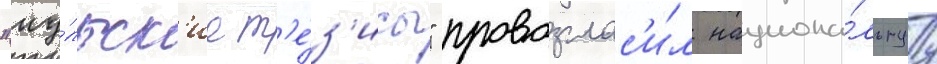
"иу́льск'ие т'е́з'исы" провозглас'и́л национа́льнуу